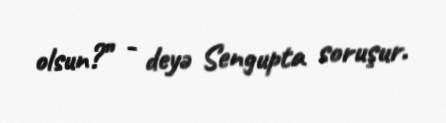
olsun?” - deyə Sengupta soruşur.